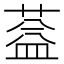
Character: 𦶩